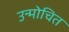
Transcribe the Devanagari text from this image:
उन्मोचित